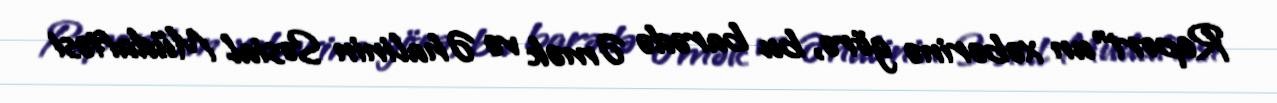
Report"un xəbərinə görə, bu barədə Əmək və Əhalinin Sosial Müdafiəsi